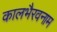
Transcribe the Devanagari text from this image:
कालभैरवनाम